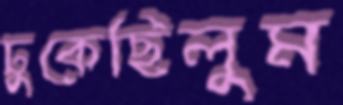
ঢুকেছিলুম